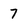
Character: 7